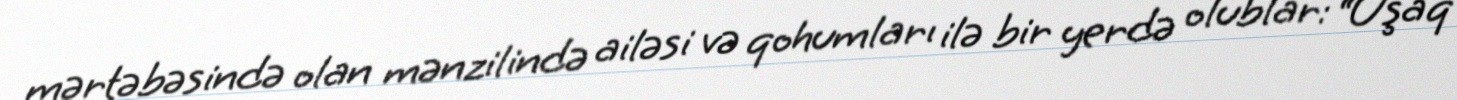
mərtəbəsində olan mənzilində ailəsi və qohumları ilə bir yerdə olublar: “Uşaq